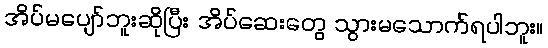
အိပ်မပျော်ဘူးဆိုပြီး အိပ်ဆေးတွေ သွားမသောက်ရပါဘူး။